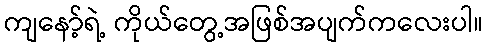
ကျနော့်ရဲ့ ကိုယ်တွေ့အဖြစ်အပျက်ကလေးပါ။